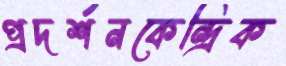
প্রদর্শনকেন্দ্রিক